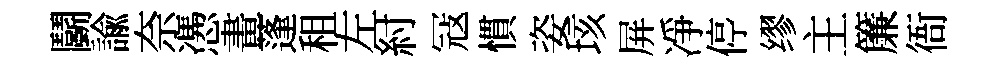
鬬諭奈慿畫蓬租左紂冦慣姿垓屏凈停缪主簾衙